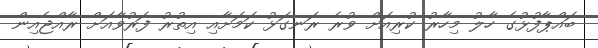
ބައްޕާފުޅުގެ ހާލު މިހާރު ކުރިއަށް ވުރެ ރަނގަޅު ކަމަށާއި އިތުރު ފަރުވާއަށް ރާއްޖެއިން